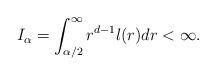
LaTeX: \begin{align*}I_\alpha=\int_{\alpha/2}^\infty r^{d-1} l(r)dr<\infty.\end{align*}